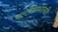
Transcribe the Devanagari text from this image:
मल्टीस्पेशलिटी